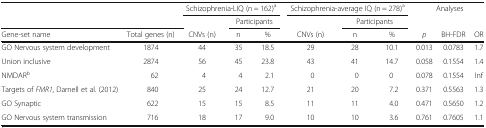
| <ROWSPAN=2-COLSPAN=2>  | <COLSPAN=3> Schizophrenia-LIQ (n = 162)a | <COLSPAN=3> Schizophrenia-average IQ (n = 278)a | <ROWSPAN=2-COLSPAN=3> Analyses |
 |  | <COLSPAN=2> Participants |  | <COLSPAN=2> Participants |
 | Gene-set name | Total genes (n) | CNVs (n) | n | % | CNVs (n) | n | % | p | BH-FDR | OR |
 | --- | --- | --- | --- | --- | --- | --- | --- | --- | --- | --- |
 | GO Nervous system development | 1874 | 44 | 35 | 18.5 | 29 | 28 | 10.1 | 0.013 | 0.0783 | 1.7 |
 | Union inclusive | 2874 | 56 | 45 | 23.8 | 43 | 41 | 14.7 | 0.058 | 0.1554 | 1.4 |
 | NMDARb | 62 | 4 | 4 | 2.1 | 0 | 0 | 0 | 0.078 | 0.1554 | Inf |
 | Targets of FMR1, Darnell et al. (2012) | 840 | 25 | 24 | 12.7 | 21 | 20 | 7.2 | 0.371 | 0.5563 | 1.3 |
 | GO Synaptic | 622 | 15 | 15 | 8.5 | 11 | 11 | 4.0 | 0.471 | 0.5650 | 1.2 |
 | GO Nervous system transmission | 716 | 18 | 17 | 9.0 | 10 | 10 | 3.6 | 0.761 | 0.7605 | 1.1 |